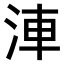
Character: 𣵐